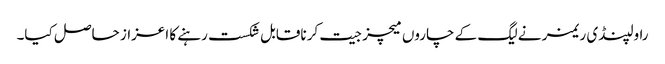
راولپنڈی ریمز نے لیگ کے چاروں میچز جیت کر ناقابل شکست رہنے کا اعزاز حاصل کیا۔